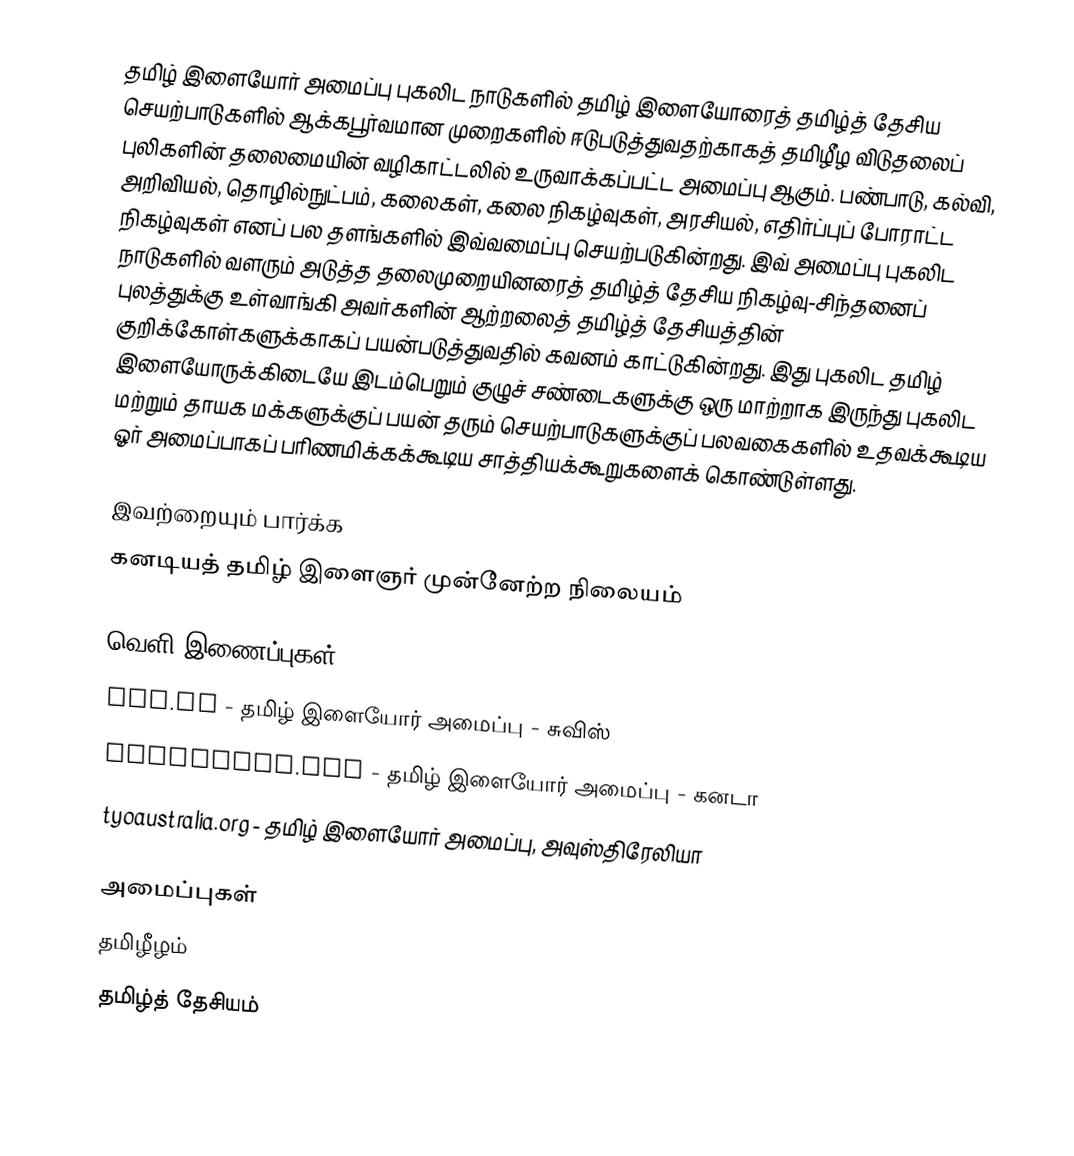
தமிழ் இளையோர் அமைப்பு புகலிட நாடுகளில் தமிழ் இளையோரைத் தமிழ்த் தேசிய செயற்பாடுகளில் ஆக்கபூர்வமான முறைகளில் ஈடுபடுத்துவதற்காகத் தமிழீழ விடுதலைப் புலிகளின் தலைமையின் வழிகாட்டலில் உருவாக்கப்பட்ட அமைப்பு ஆகும்.  பண்பாடு, கல்வி, அறிவியல், தொழில்நுட்பம், கலைகள், கலை நிகழ்வுகள், அரசியல், எதிர்ப்புப் போராட்ட நிகழ்வுகள் எனப் பல தளங்களில் இவ்வமைப்பு செயற்படுகின்றது. இவ் அமைப்பு புகலிட நாடுகளில் வளரும் அடுத்த தலைமுறையினரைத் தமிழ்த் தேசிய நிகழ்வு-சிந்தனைப் புலத்துக்கு உள்வாங்கி அவர்களின் ஆற்றலைத் தமிழ்த் தேசியத்தின் குறிக்கோள்களுக்காகப் பயன்படுத்துவதில் கவனம் காட்டுகின்றது. இது புகலிட தமிழ் இளையோருக்கிடையே இடம்பெறும் குழுச் சண்டைகளுக்கு ஒரு மாற்றாக இருந்து புகலிட மற்றும் தாயக மக்களுக்குப் பயன் தரும் செயற்பாடுகளுக்குப் பலவகைகளில் உதவக்கூடிய ஓர் அமைப்பாகப் பரிணமிக்கக்கூடிய சாத்தியக்கூறுகளைக் கொண்டுள்ளது.

இவற்றையும் பார்க்க
 கனடியத் தமிழ் இளைஞர் முன்னேற்ற நிலையம்

வெளி இணைப்புகள்
 tyo.ch  - தமிழ் இளையோர் அமைப்பு - சுவிஸ்
 canadatyo.org  - தமிழ் இளையோர் அமைப்பு - கனடா
 tyoaustralia.org  - தமிழ் இளையோர் அமைப்பு, அவுஸ்திரேலியா

அமைப்புகள்
தமிழீழம்
தமிழ்த் தேசியம்